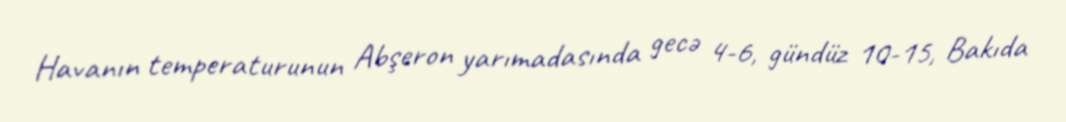
Havanın temperaturunun Abşeron yarımadasında gecə 4-6, gündüz 10-15, Bakıda